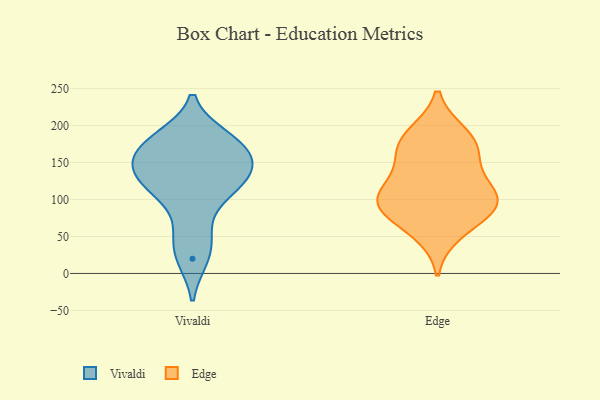
{"axis": {"x": "Satisfaction Score", "y": "Value"}, "legend": ["Edge", "Vivaldi"], "data": [{"x": "", "y": 106, "type": "Vivaldi"}, {"x": "", "y": 129, "type": "Vivaldi"}, {"x": "", "y": 163, "type": "Vivaldi"}, {"x": "", "y": 185, "type": "Vivaldi"}, {"x": "", "y": 54, "type": "Vivaldi"}, {"x": "", "y": 152, "type": "Vivaldi"}, {"x": "", "y": 180, "type": "Vivaldi"}, {"x": "", "y": 119, "type": "Vivaldi"}, {"x": "", "y": 145, "type": "Vivaldi"}, {"x": "", "y": 20, "type": "Vivaldi"}, {"x": "", "y": 165, "type": "Edge"}, {"x": "", "y": 83, "type": "Edge"}, {"x": "", "y": 103, "type": "Edge"}, {"x": "", "y": 55, "type": "Edge"}, {"x": "", "y": 182, "type": "Edge"}, {"x": "", "y": 188, "type": "Edge"}, {"x": "", "y": 108, "type": "Edge"}, {"x": "", "y": 119, "type": "Edge"}, {"x": "", "y": 156, "type": "Edge"}, {"x": "", "y": 93, "type": "Edge"}, {"x": "", "y": 88, "type": "Edge"}]}